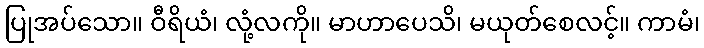
ပြုအပ်သော။ ဝီရိယံ၊ လုံ့လကို။ မာဟာပေသိ၊ မယုတ်စေလင့်။ ကာမံ၊